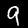
Digit: 9